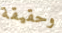
وحقيقة